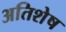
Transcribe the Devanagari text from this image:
अतिशेष